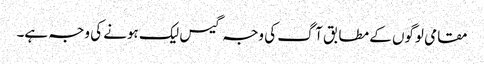
مقامی لوگوں کے مطابق آگ کی وجہ گیس لیک ہونے کی وجہ ہے۔